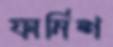
ফার্নিশ